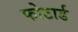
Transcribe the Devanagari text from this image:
फोटार्ड